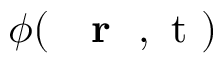
\phi ( \mathrm { ~ { ~ \bf ~ r ~ } ~ , ~ t ~ } )